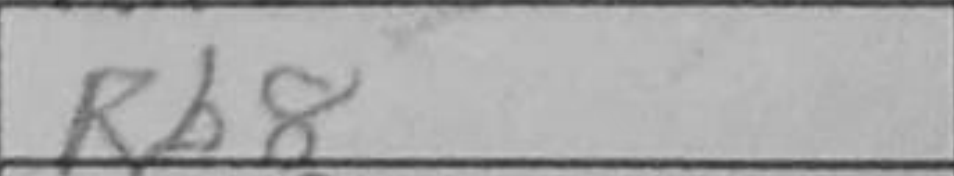
Transcription: Rb8